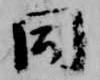
同